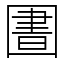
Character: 圕